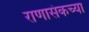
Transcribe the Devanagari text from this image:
राणासंकच्या